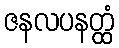
ဇနလပနတ္ထံ